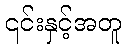
၎င်းနှင့်အတူ